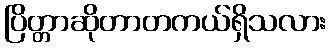
ပြိတ္တာဆိုတာတကယ်ရှိသလား